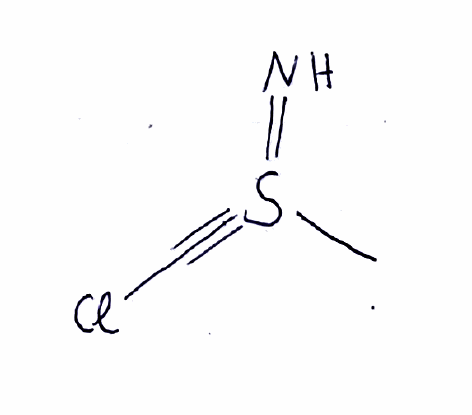
Simplified molecular-input line-entry system (SMILES) notation of the given molecule:
CS(#CCl)=N